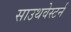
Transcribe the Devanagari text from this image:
साउथवेस्टर्न